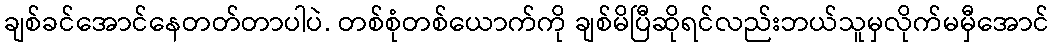
ချစ်ခင်အောင်နေတတ်တာပါပဲ. တစ်စုံတစ်ယောက်ကို ချစ်မိပြီဆိုရင်လည်းဘယ်သူမှလိုက်မမှီအောင်